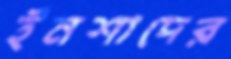
ইনশাদের